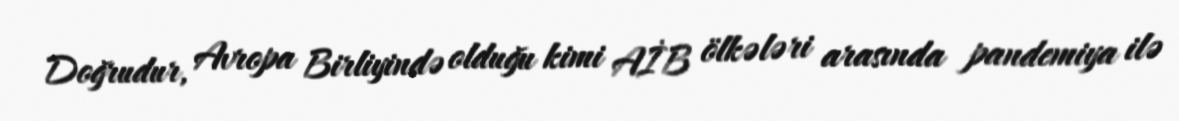
Doğrudur, Avropa Birliyində olduğu kimi AİB ölkələri arasında pandemiya ilə